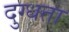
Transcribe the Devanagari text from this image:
दुग्धता